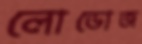
লোডোজ